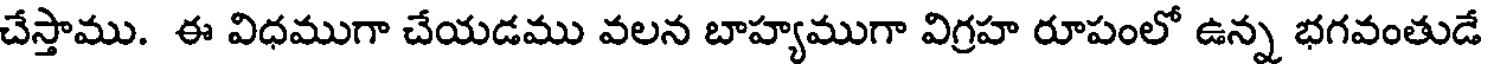
చేస్తాము. ఈ విధముగా చేయడము వలన బాహ్యముగా విగ్రహ రూపంలో ఉన్న భగవంతుడే